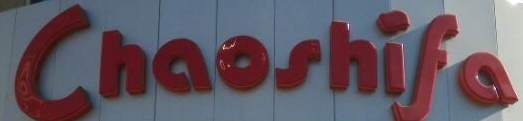
Chaoshifa